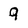
Character: 9